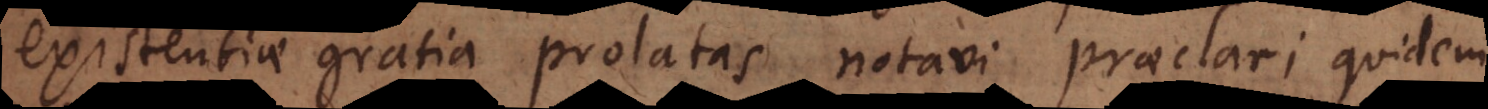
existentiae gratia prolatas notavi praeclari quidem